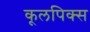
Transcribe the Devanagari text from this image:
कूलपिक्स